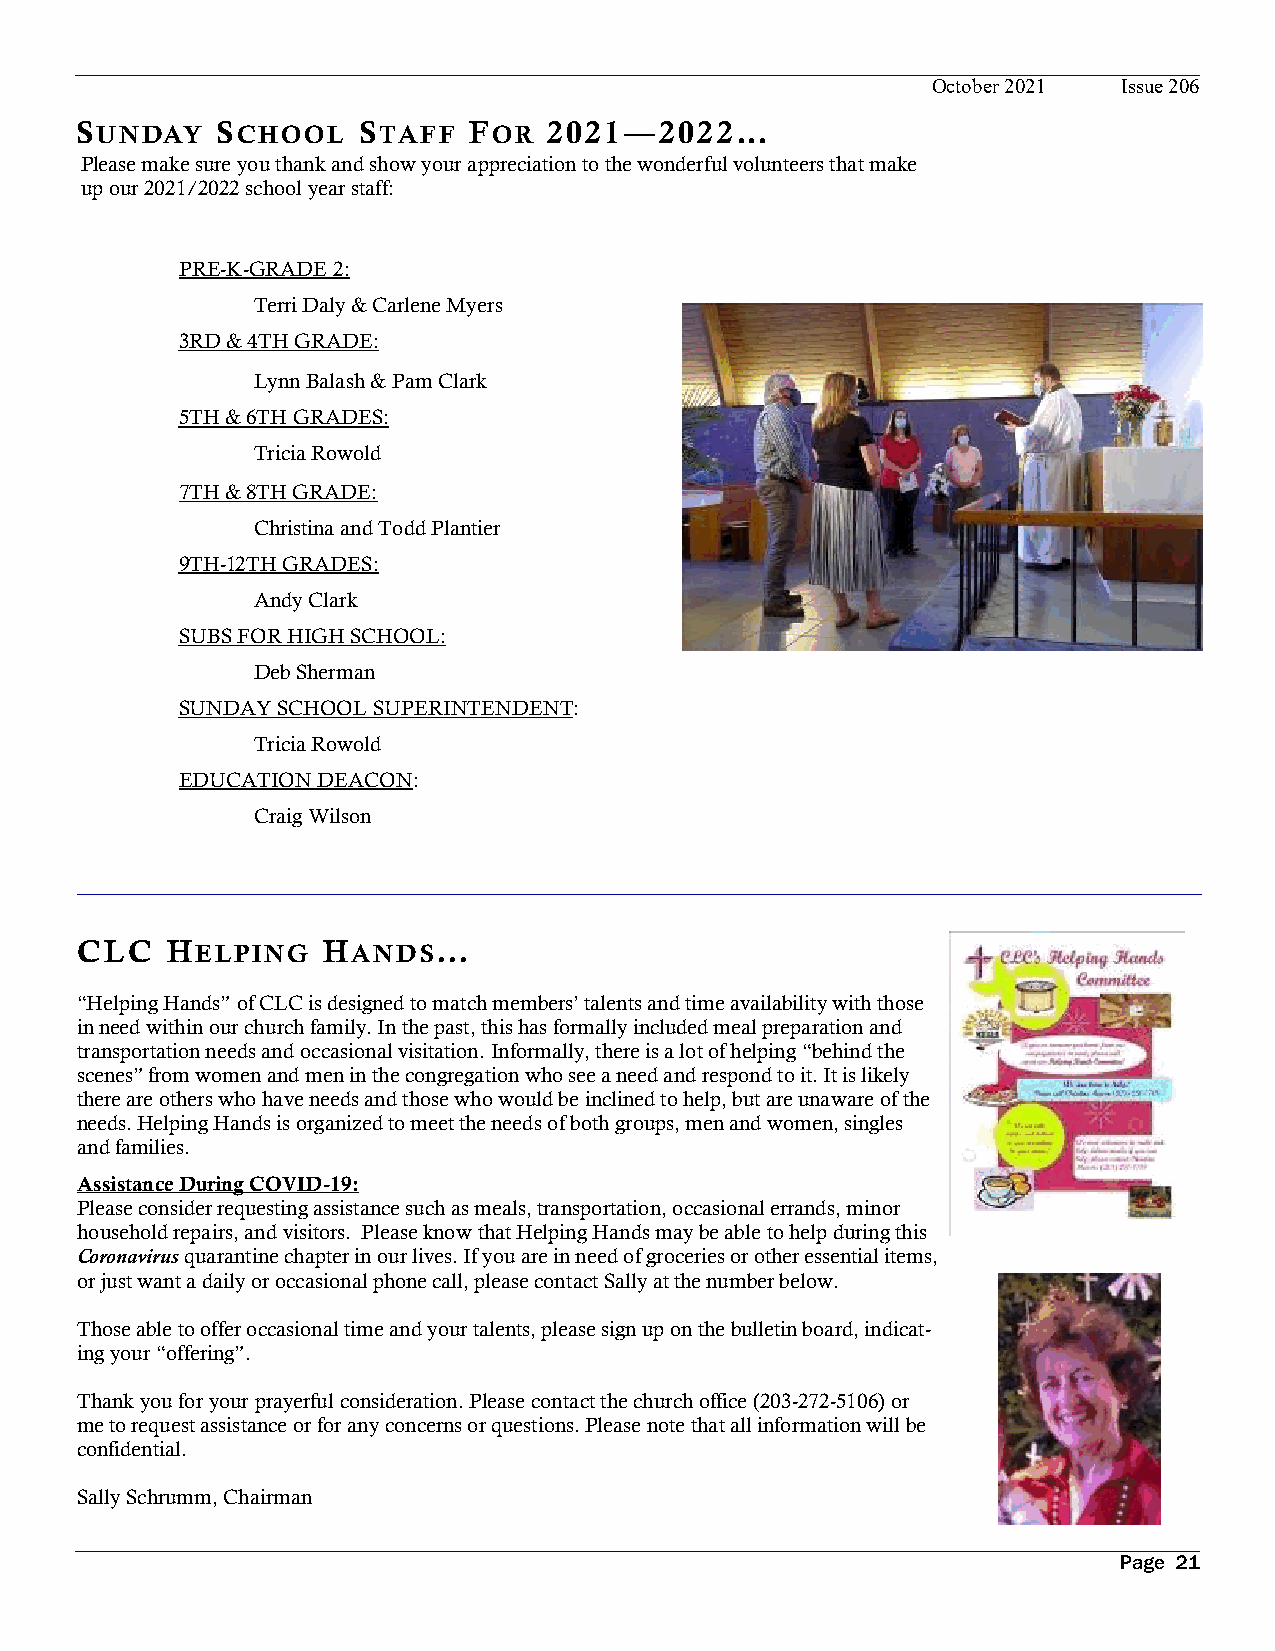
October 2021 Issue 206
 SUNDAY   SCHOOL    STAFF  FOR  2021—2022...
 Please make sure you thank and show your appreciation to the wonderful volunteers that make
 up our 2021/2022 school year staff:
 PRE-K-GRADE 2:
 Terri Daly & Carlene Myers
 3RD & 4TH GRADE:
 Lynn Balash & Pam Clark
 5TH & 6TH GRADES:
 Tricia Rowold
 7TH & 8TH GRADE:
 Christina and Todd Plantier
 9TH-12TH GRADES:
 Andy Clark
 SUBS FOR HIGH SCHOOL:
 Deb Sherman
 SUNDAY SCHOOL SUPERINTENDENT:
 Tricia Rowold
 EDUCATION DEACON:
 Craig Wilson
 CLC   HELPING   HANDS...
 “Helping Hands” of CLC is designed to match members’ talents and time availability with those
 in need within our church family. In the past, this has formally included meal preparation and
 transportation needs and occasional visitation. Informally, there is a lot of helping “behind the
 scenes” from women and men in the congregation who see a need and respond to it. It is likely
 there are others who have needs and those who would be inclined to help, but are unaware of the
 needs. Helping Hands is organized to meet the needs of both groups, men and women, singles
 and families.
 Assistance During COVID-19:
 Please consider requesting assistance such as meals, transportation, occasional errands, minor
 household repairs, and visitors. Please know that Helping Hands may be able to help during this
 Coronavirus quarantine chapter in our lives. If you are in need of groceries or other essential items,
 or just want a daily or occasional phone call, please contact Sally at the number below.
 Those able to offer occasional time and your talents, please sign up on the bulletin board, indicat-
 ing your “offering”.
 Thank you for your prayerful consideration. Please contact the church office (203-272-5106) or
 me to request assistance or for any concerns or questions. Please note that all information will be
 confidential.
 Sally Schrumm, Chairman